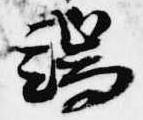
端